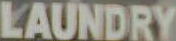
LAUNDRY